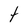
Character: t